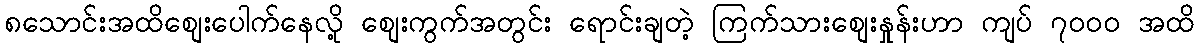
၈သောင်းအထိစျေးပေါက်နေလို့ စျေးကွက်အတွင်း ရောင်းချတဲ့ ကြက်သားစျေးနှုန်းဟာ ကျပ် ၇၀၀၀ အထိ